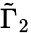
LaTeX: \tilde{\Gamma}_{2}